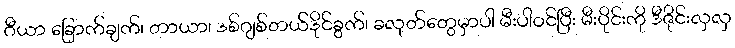
ဂီယာ ခြောက်ချက်၊ တာယာ၊ ဒစ်ဂျစ်တယ်ဒိုင်ခွက်၊ ခလုတ်တွေမှာပါ မီးပါဝင်ပြီး မီးပိုင်းကို ဒီဇိုင်းလှလှ